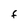
Character: F